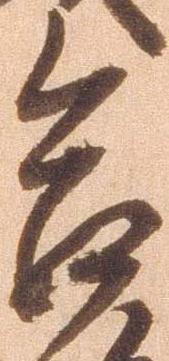
合